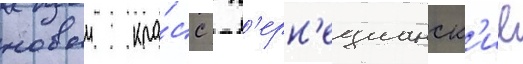
новыи кла́сс  п'ерн'ецианск'ие